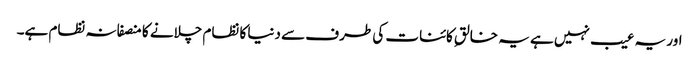
اور یہ عیب نہیں ہے یہ خالقِ کائنات کی طرف سے دنیا کا نظام چلانے کا منصفانہ نظام ہے۔